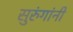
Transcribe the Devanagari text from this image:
सुरुंगांनी